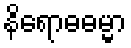
နိရောဓဓမ္မာ